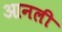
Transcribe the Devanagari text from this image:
आनली